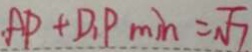
A P + D _ { 1 } P _ { \min } = \sqrt { 7 }